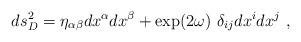
LaTeX: \begin{align*}ds_D^2=\eta_{\alpha\beta}dx^\alpha dx^\beta+ \exp(2\omega)~\delta_{ij} dx^i dx^j~,\end{align*}